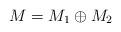
LaTeX: \begin{align*} M=M_1\oplus M_2\end{align*}